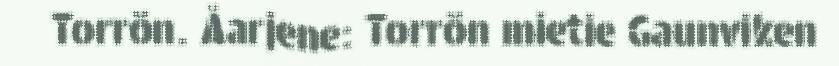
Torrön. Åarjene: Torrön mietie Gaunviken